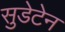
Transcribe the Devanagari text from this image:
सुडेटेन